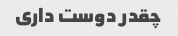
چقدر دوست داری